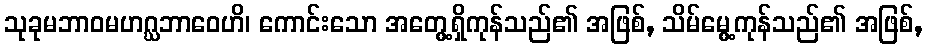
သုခုမဘာဝမဟဂ္ဃဘာဝေဟိ၊ ကောင်းသော အတွေ့ရှိကုန်သည်၏ အဖြစ်, သိမ်မွေ့ကုန်သည်၏ အဖြစ်,